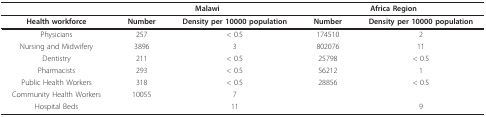
|  | <COLSPAN=2> Malawi | <COLSPAN=2> Africa Region |
 | --- | --- | --- | --- | --- |
 | Health workforce | Number | Density per 10000 population | Number | Density per 10000 population |
 | Physicians | 257 | < 0.5 | 174510 | 2 |
 | Nursing and Midwifery | 3896 | 3 | 802076 | 11 |
 | Dentistry | 211 | < 0.5 | 25798 | < 0.5 |
 | Pharmacists | 293 | < 0.5 | 56212 | 1 |
 | Public Health Workers | 318 | < 0.5 | 28856 | < 0.5 |
 | Community Health Workers | 10055 | 7 |  |  |
 | Hospital Beds |  | 11 |  | 9 |